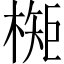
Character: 𬄃